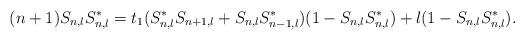
LaTeX: \begin{align*}(n+1)S_{n,l}S_{n,l}^{*}=t_{1}(S_{n,l}^{*}S_{n+1,l}+S_{n,l}S_{n-1,l}^{*})(1-S_{n,l}S_{n,l}^{*})+l(1-S_{n,l}S_{n,l}^{*}).\end{align*}